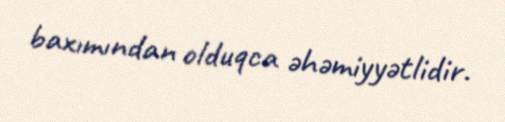
baxımından olduqca əhəmiyyətlidir.